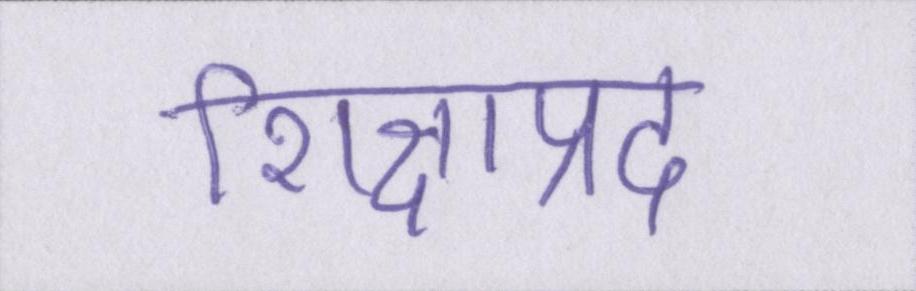
शिक्षाप्रद